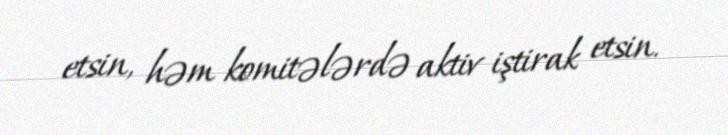
etsin, həm komitələrdə aktiv iştirak etsin.